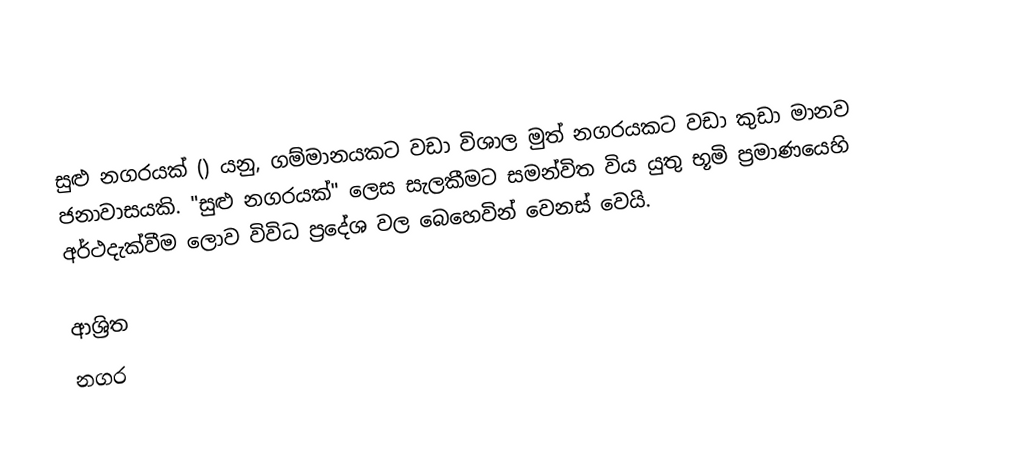
සුළු නගරයක් () යනු,  ගම්මානයකට වඩා විශාල මුත්  නගරයකට වඩා කුඩා මානව ජනාවාසයකි.  "සුළු නගරයක්" ලෙස සැලකීමට සමන්විත විය යුතු භූමි ප්‍රමාණයෙහි අර්ථදැක්වීම ලොව විවිධ ප්‍රදේශ වල බෙහෙවින් වෙනස් වෙයි.

ආශ්‍රිත
 නගර